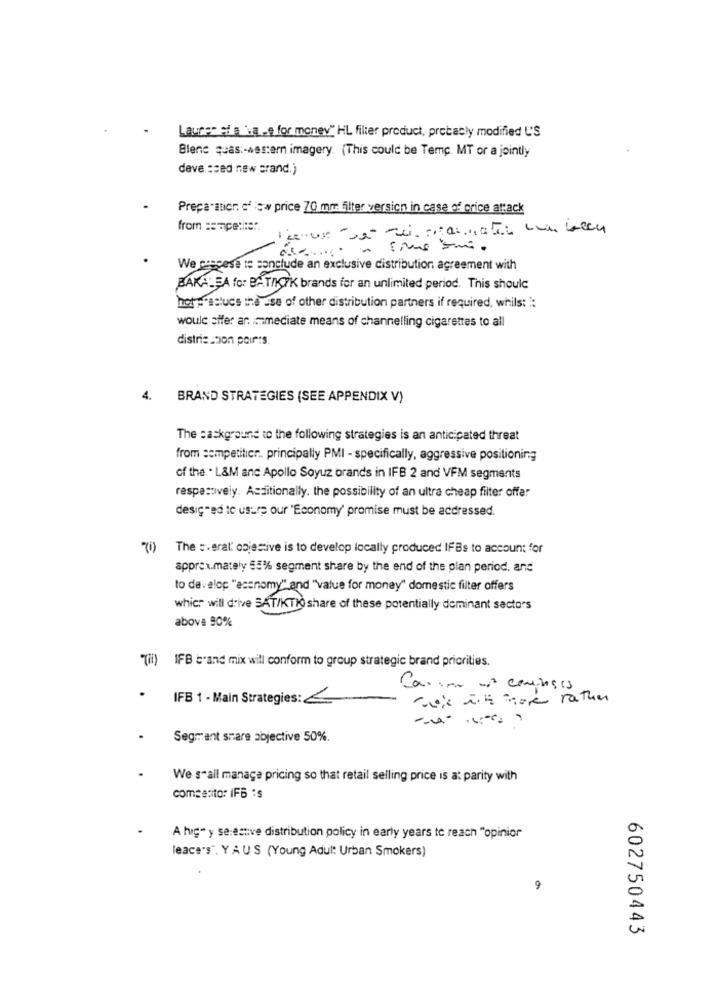
Lauren sfla va -e for money" HL filter product, probably modified L'S
Blene quasi-western imagery. (This could be Temp. MT or a jointly
deve ssed new grand.)
Preparation c' w price 70 mm filter version in case of price attack
from :empetite".
lenor que si. stannater un been
We ceecese to conclude an exclusive distribution agreement with
BAKA: SA for BAT/KIK brands for an unlimited period. This should
hots"astuce the use of other distribution partners if required, whils: :
would sifer an immediate means of channelling cigarettes to all
distriestion poir:s
4. BRAND STRATEGIES (SEE APPENDIX V)
The :askground to the following strategies is an anticipated threat
from sempetitier. principally PMI - specifically, aggressive positioning
of the. . L&M anc Apollo Soyuz brands in IFB 2 and VFM segments
respectively. Additionally, the possibility of an ultra cheap filter offer
desiç -ed to usurp our 'Economy' promise must be addressed.
The : . eral: objective is to develop locally produced IFBs to account for
approx.mately 55% segment share by the end of the plan period. and
to develop "esenomy" and "value for money" domestic filter offers
which will drive SAT/KTI share of these potentially dominant sectors
above 90%
"(i) IFB "and mix will conform to group strategic brand priorities.
Ca .... . courses
IFB 1 - Main Strategies: €
Choix with more rather
Segment snare objective 50%.
We s"all manage pricing so that retail selling price is at parity with
comsetito: IFB :s
A hige y se:estive distribution policy in early years to reach "opinior
leace"s". Y AUS (Young Adult Urban Smokers)
9
602750443